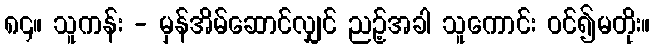
၈၄။ သူကန်း - မှန်အိမ်ဆောင်လျှင် ညဉ့်အခါ သူကောင်း ဝင်၍မတိုး။